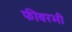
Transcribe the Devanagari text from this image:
फीवरभी